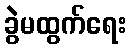
ခွဲမထွက်ရေး